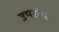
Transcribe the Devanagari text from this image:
उपरांगा